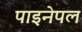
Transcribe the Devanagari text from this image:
पाइनेपल